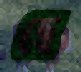
হে